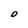
Character: D